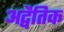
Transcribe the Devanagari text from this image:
अद्वैतिक